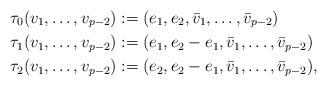
LaTeX: \begin{align*}\tau_{0}(v_{1}, \dots, v_{p-2}) &:= (e_{1}, e_{2}, \bar{v}_{1}, \dots, \bar{v}_{p-2}) \\\tau_{1}(v_{1}, \dots, v_{p-2}) &:= (e_{1}, e_{2} - e_{1}, \bar{v}_{1}, \dots, \bar{v}_{p-2}) \\\tau_{2}(v_{1}, \dots, v_{p-2}) &:= (e_{2}, e_{2} - e_{1}, \bar{v}_{1}, \dots, \bar{v}_{p-2}),\end{align*}